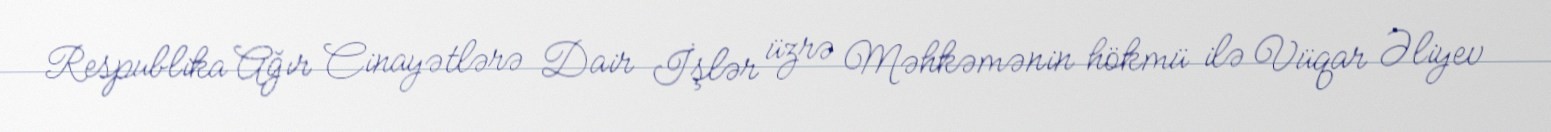
Respublika Ağır Cinayətlərə Dair İşlər üzrə Məhkəmənin hökmü ilə Vüqar Əliyev